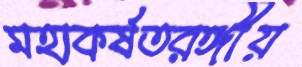
মহাকর্ষতরঙ্গীয়